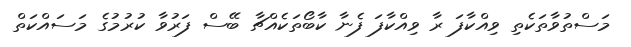
މަސްތުވާތަކެތި ވިއްކާފަ ރާ ވިއްކާފަ ފެނާ ކާބޯތަކެއްޗާ ބޭސް ފަރުވާ ކުރުމުގެ މަސައްކަތް